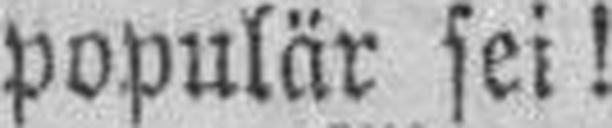
populär sei!